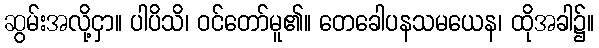
ဆွမ်းအလို့ငှာ။ ပါပိသိ၊ ဝင်တော်မူ၏။ တေခေါပနသမယေန၊ ထိုအခါ၌။